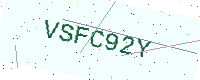
Text: VSFC92Y